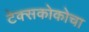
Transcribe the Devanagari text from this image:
टेक्सकोकोचा